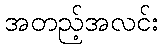
အတည့်အလင်း